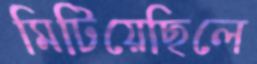
মিটিয়েছিলে